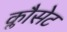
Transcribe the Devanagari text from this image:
क्लौसेट